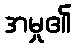
အမှု၏